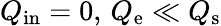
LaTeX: Q_{\mathrm{in}}=0,\, Q_{\mathrm{e}}\ll Q_{\mathrm{s}}